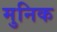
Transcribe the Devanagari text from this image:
मुनिक